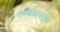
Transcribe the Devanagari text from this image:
लच्छीनाममाला